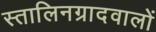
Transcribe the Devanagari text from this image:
स्तालिनग्रादवालों